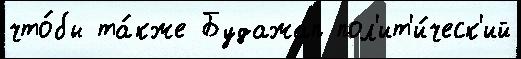
что́бы та́кже Будажап пол'ит'и́ческ'ий